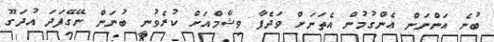
ބުނެ އަންނަން އެންގުމުން އެތަނަށް ވަދެފާ ވިޝާމްއަށް ކުރެވުނީ ބުނަން ނޭގޭފަދަ އުދަގޫ